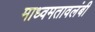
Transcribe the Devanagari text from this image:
माध्वमतावलंबी